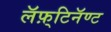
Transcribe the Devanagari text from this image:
लॅफ़्टिनॅण्ट